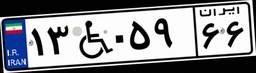
۴۲W۰۲۸۳۷